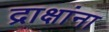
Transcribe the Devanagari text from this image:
द्राक्षांना